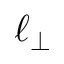
\ell _ { \perp }